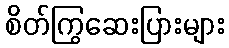
စိတ်ကြွဆေးပြားများ